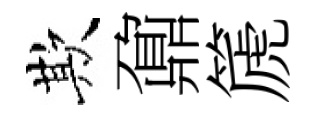
欺鼐篪